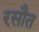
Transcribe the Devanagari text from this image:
रसौत